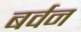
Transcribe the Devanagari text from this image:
बर्वन